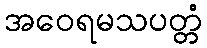
အဝေရမသပတ္တံ